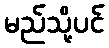
မည်သို့ပင်